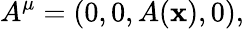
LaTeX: A^{\mu}=(0,0,A(\mathbf{x}),0),